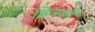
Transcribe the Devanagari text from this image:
बिजली